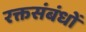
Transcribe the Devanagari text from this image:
रक्तसंबंधों